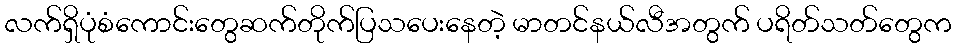
လက်ရှိပုံစံကောင်းတွေဆက်တိုက်ပြသပေးနေတဲ့ မာတင်နယ်လီအတွက် ပရိတ်သတ်တွေက